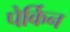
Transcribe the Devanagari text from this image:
पेर्किन